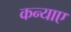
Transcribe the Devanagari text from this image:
कन्याए